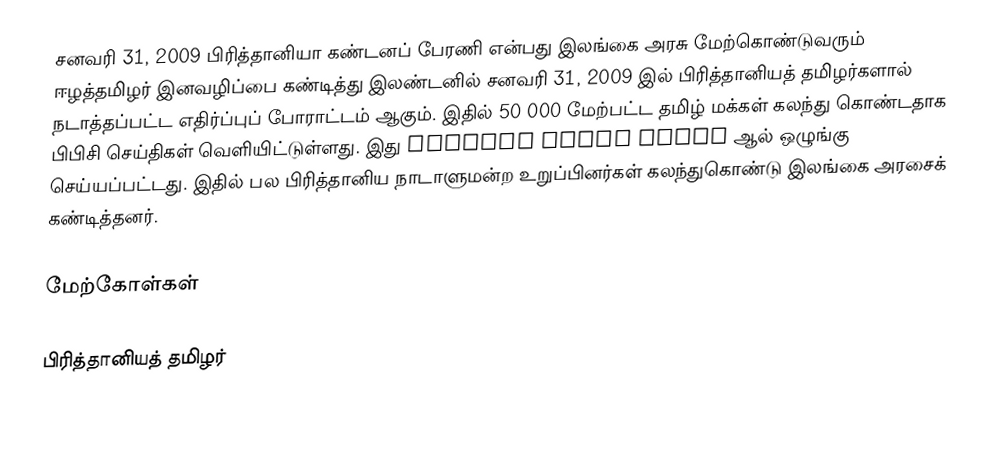
சனவரி 31, 2009 பிரித்தானியா கண்டனப் பேரணி என்பது இலங்கை அரசு மேற்கொண்டுவரும் ஈழத்தமிழர் இனவழிப்பை கண்டித்து இலண்டனில் சனவரி 31, 2009 இல் பிரித்தானியத் தமிழர்களால் நடாத்தப்பட்ட எதிர்ப்புப் போராட்டம் ஆகும்.  இதில் 50 000 மேற்பட்ட தமிழ் மக்கள் கலந்து கொண்டதாக பிபிசி செய்திகள் வெளியிட்டுள்ளது.  இது British Tamil Forum ஆல் ஒழுங்கு செய்யப்பட்டது.  இதில் பல பிரித்தானிய நாடாளுமன்ற உறுப்பினர்கள் கலந்துகொண்டு இலங்கை அரசைக் கண்டித்தனர்.

மேற்கோள்கள்

பிரித்தானியத் தமிழர்